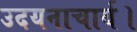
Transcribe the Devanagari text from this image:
उदयनाचार्य।